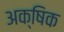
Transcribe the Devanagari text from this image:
अक्षिक